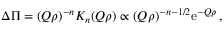
\Delta \Pi = ( Q \rho ) ^ { - n } K _ { n } ( Q \rho ) \propto ( Q \rho ) ^ { - n - 1 / 2 } \mathrm { e } ^ { - Q \rho } \, ,